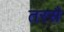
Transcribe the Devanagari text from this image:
तरसै